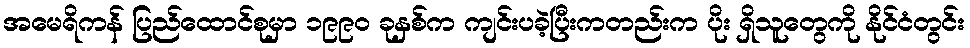
အမေရိကန် ပြည်ထောင်စုမှာ ၁၉၉၀ ခုနှစ်က ကျင်းပခဲ့ပြီးကတည်းက ပိုး ရှိသူတွေကို နိုင်ငံတွင်း